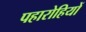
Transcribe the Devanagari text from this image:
पहारोहियों